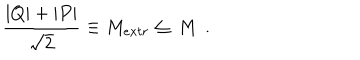
LaTeX: { \frac { | Q | + | P | } { \sqrt 2 } } \equiv M _ { e x t r } \leq \, M \, \ .